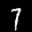
Label: 7